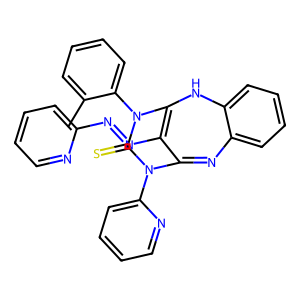
SMILES: Cc1ccccc1N1C(=S)N(c2ccccn2)C2=Nc3ccccc3NC1=C2N=Nc1ccccn1
Inhibits HIV replication: No